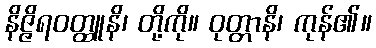
နိဇ္ဇိရဝတ္ထူနိ၊ တို့ကို။ ဝုတ္တာနိ၊ ကုန်၏။